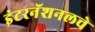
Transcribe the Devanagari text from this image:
इंटरनॅशनलचे